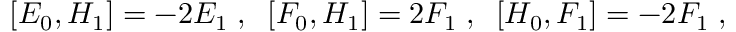
[ E _ { 0 } , H _ { 1 } ] = - 2 E _ { 1 } \; , \; \; [ F _ { 0 } , H _ { 1 } ] = 2 F _ { 1 } \; , \; \; [ H _ { 0 } , F _ { 1 } ] = - 2 F _ { 1 } \; ,